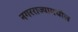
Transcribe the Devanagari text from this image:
नगरराज्यामधील